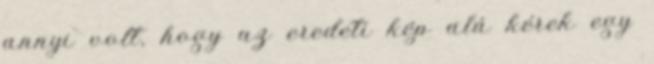
annyi volt, hogy az eredeti kép alá kérek egy